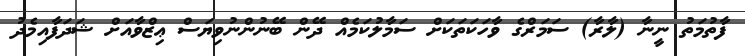
ފާތުމަތު ނީނާ (ލާރާ) ސަމަރްގެ ވާހަކަތަކަށް ސަމާލުކަމެއް ދޭން ބޭނުންނުވިޔަސް ޢިޒްވާއަށް ޝަދަފާއިމެދު